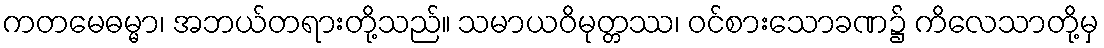
ကတမေဓမ္မာ၊ အဘယ်တရားတို့သည်။ သမာယဝိမုတ္တဿ၊ ဝင်စားသောခဏ၌ ကိလေသာတို့မှ